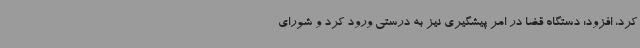
کرد، افزود: دستگاه قضا در امر پیشگیری نیز به درستی ورود کرد و شورای